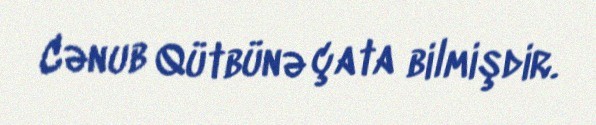
Cənub Qütbünə çata bilmişdir.